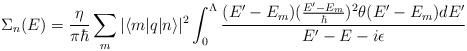
LaTeX: \begin{align*}\Sigma_{n}(E) = \frac{\eta}{\pi\hbar}\sum_{m}|\langle m|q|n\rangle|^{2}\int_{0}^{\Lambda}\frac{(E^{\prime}- E_{m})(\frac{E^{\prime}- E_{m}}{\hbar})^{2} \theta(E^{\prime} - E_{m})dE^{\prime}}{E^{\prime} - E -i\epsilon}\end{align*}